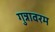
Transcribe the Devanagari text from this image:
गुन्नावरम